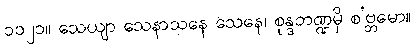
၁၁၂၁။ သေယျာ သေနာသနေ သေနေ၊ စုန္ဒဘဏ္ဍမှိ စ’ဗ္ဘမော။